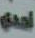
احدي